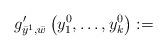
LaTeX: \begin{gather*}g'_{\bar{y}^1, \bar{w}} \left(y^0_1, \ldots, y^0_k \right) := \end{gather*}